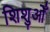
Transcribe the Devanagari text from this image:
शिशुओँ